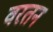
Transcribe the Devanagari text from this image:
वरतन